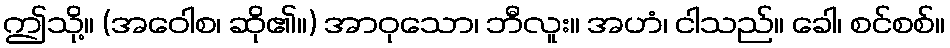
ဤသို့။ (အဝေါစ၊ ဆို၏။) အာဝုသော၊ ဘီလူး။ အဟံ၊ ငါသည်။ ခေါ၊ စင်စစ်။